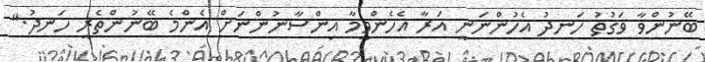
ބޭނުންވާ ވަގުތު ހަނދު އެހުންނަނީ އަރާ އެހެންވީމާ އިންސާނުންނަށް އެންމެ ބޭނުންތެރީ ހަނދު."